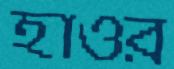
হাওর